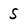
Character: S